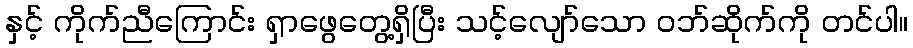
နှင့် ကိုက်ညီကြောင်း ရှာဖွေတွေ့ရှိပြီး သင့်လျော်သော ဝဘ်ဆိုက်ကို တင်ပါ။